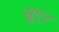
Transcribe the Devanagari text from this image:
सूएर